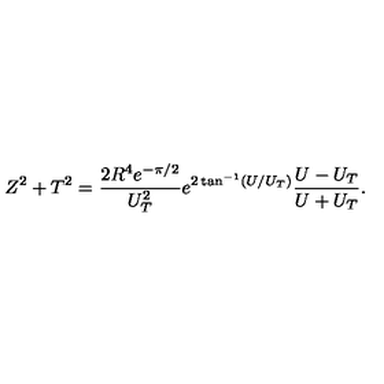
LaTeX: Z ^ { 2 } + T ^ { 2 } = \frac { 2 R ^ { 4 } e ^ { - \pi / 2 } } { U _ { T } ^ { 2 } } e ^ { 2 \tan ^ { - 1 } ( U / U _ { T } ) } \frac { U - U _ { T } } { U + U _ { T } } .